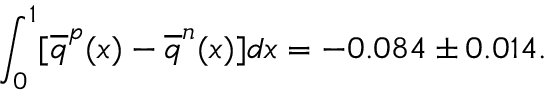
\int _ { 0 } ^ { 1 } [ \overline { { { q } } } ^ { p } ( x ) - \overline { { { q } } } ^ { n } ( x ) ] d x = - 0 . 0 8 4 \pm 0 . 0 1 4 .